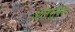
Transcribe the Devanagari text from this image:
अलसुबह